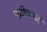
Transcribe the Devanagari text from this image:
पत्नीव्रतमहं